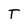
Character: T